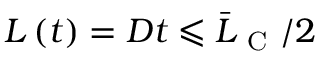
L \left( t \right) = D t \leqslant \bar { L } _ { \mathrm { ~ C ~ } } / 2